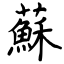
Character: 蘇